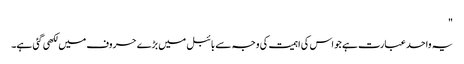
"
یہ واحد عبارت ہے جو اس کی اہمیت کی وجہ سے بائبل میں بڑے حروف میں لکھی گئی ہے۔